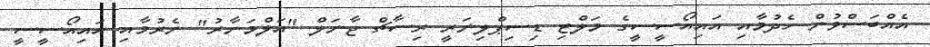
އެއްބަސްވުން ހެދުމާއި އައިއޯސީސީގެ މަލްޓި ޑިސިޕްލިނަރީ ރިސާޗް ޖާނަލް "އަލްމަނާރު" ނެރުމާއި އައިއޯސީސީ